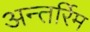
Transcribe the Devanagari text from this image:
अन्तर्रिम